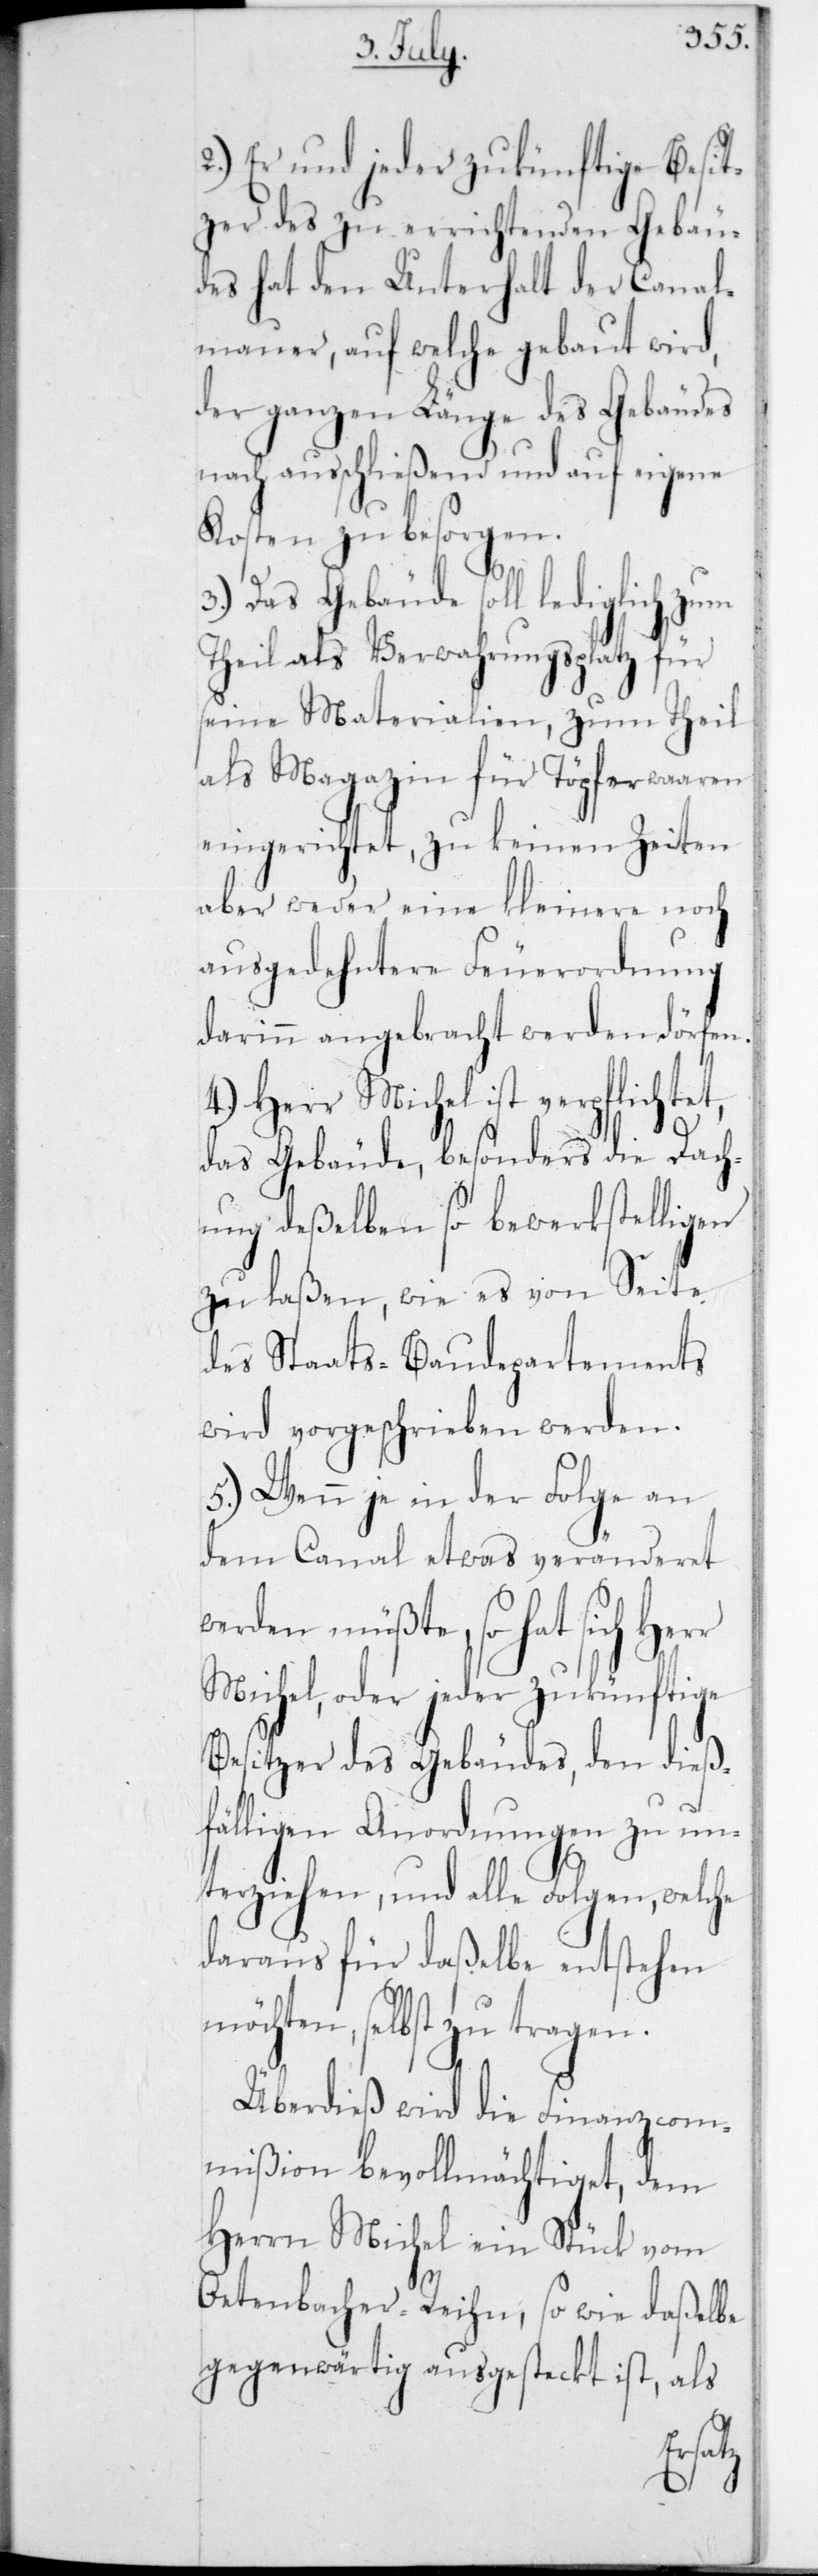
2.) Er und jeder zukünftige Besit¬
zer des zu errichtenden Gebäu¬
des hat den Unterhalt der Canal¬
mauer, auf welche gebaut wird,
der ganzen Länge des Gebäudes
nach ausschließend und auf eigene
Kosten zu besorgen.
3.) Das Gebäude soll lediglich zum
Theil als Verwahrungsplatz für
seine Materialien, zum Theil
als Magazin für Töpferwaaren
eingerichtet, zu keinen Zeiten
aber weder eine kleinere noch
ausgedehntere Feuerordnung
darinn angebracht werden dörfen.
4.) Herr Michel ist verpflichtet,
das Gebäude, besonders die Dach¬
ung deßelben so bewerkstelligen
zu laßen, wie es von Seite
des Staats-Baudepartements
wird vorgeschrieben werden.
5.) Wenn je in der Folge an
dem Canal etwas veränderet
werden müßte, so hat sich Herr
Michel, oder jeder zukünftige
Besitzer des Gebäudes, den dieß¬
fälligen Anordnungen zu un¬
terziehen, und alle Folgen, welche
daraus für daßelbe entstehen
möchten, selbst zu tragen.
Überdieß wird die Finanzcom¬
mißion bevollmächtiget, dem
Herrn Michel ein Stück vom
Oetenbacher-Reihn, so wie daßelbe
gegenwärtig ausgesteckt ist, als